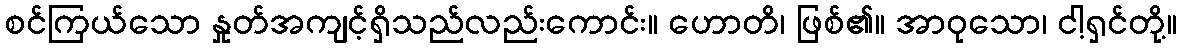
စင်ကြယ်သော နှုတ်အကျင့်ရှိသည်လည်းကောင်း။ ဟောတိ၊ ဖြစ်၏။ အာဝုသော၊ ငါ့ရှင်တို့။